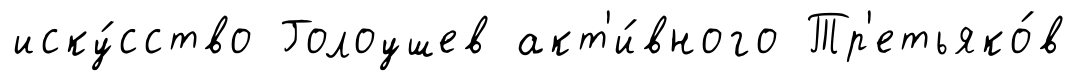
иску́сство Голоушев акт'и́вного Тр'етьяко́в